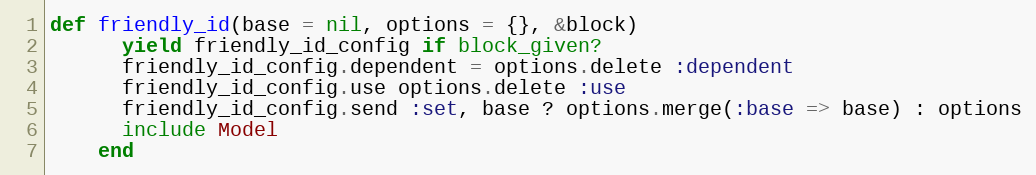
Language: Ruby
def friendly_id(base = nil, options = {}, &block)
      yield friendly_id_config if block_given?
      friendly_id_config.dependent = options.delete :dependent
      friendly_id_config.use options.delete :use
      friendly_id_config.send :set, base ? options.merge(:base => base) : options
      include Model
    end